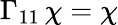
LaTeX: \Gamma_{11}\, \chi=\chi